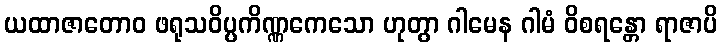
ယထာဇာတောဝ ဖရုသဝိပ္ပကိဏ္ဏကေသော ဟုတွာ ဂါမေန ဂါမံ ဝိစရန္တော ရာဇာပိ